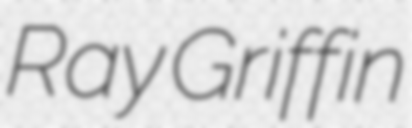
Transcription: Ray Griffin